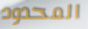
المحدود